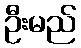
ဦးမည်